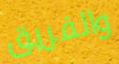
والفريق